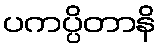
ပကပ္ပိတာနိ